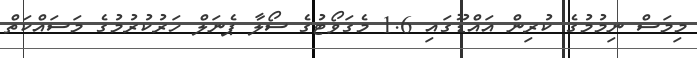
މިމަސް ނިމުމުގެ ކުރިން އައްޑޫގައި 1.6 މެގަވޯޓުގެ ސޯލާ ޕެނަލް ހަރުކުރުމުގެ މަސައްކަތް